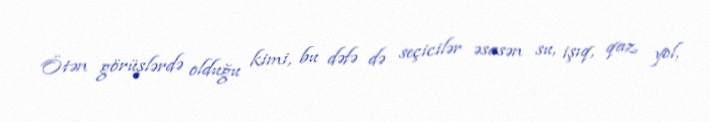
Ötən görüşlərdə olduğu kimi, bu dəfə də seçicilər əsasən su, işıq, qaz, yol,